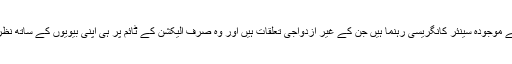
’ایسے کتنے موجودہ سینئر کانگریسی رہنما ہیں جن کے غیر ازدواجی تعلقات ہیں اور وہ صرف الیکشن کے ٹائم پر ہی اپنی بیویوں کے ساتھ نظر آتے ہیں؟